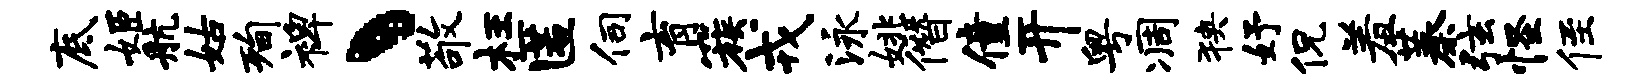
底姬航姑洵裨丶敬枉匿伺育簇戎泳姚僭僮开粤凋狭妤侃羞蓁弦怪侄